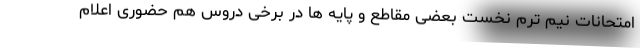
امتحانات نیم ترم نخست بعضی مقاطع و پایه ها در برخی دروس هم حضوری اعلام